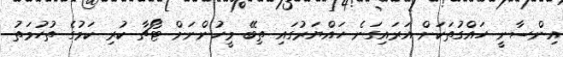
އިންސާނީ ހައްގުތަކަށް އަރައިގަނެ ހައްޔަރުގައި ތިބޭ މީހުންނަށް ޓޯޗާ ކުރި ކަމުގެ ތުހުމަތު